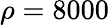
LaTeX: \rho=8000